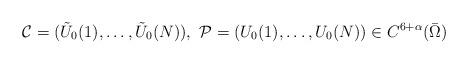
LaTeX: \begin{align*}\mathcal C=(\tilde U_0(1),\dots,\tilde U_0(N)),\,\, \mathcal P=( U_0(1),\dots, U_0(N))\in C^{6+\alpha}(\bar\Omega)\end{align*}